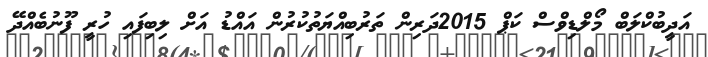
އަދީބުކްލަބް މޯލްޑިވްސް ކަޕް 2015ދަރިން ތަރުބިއްޔަތުކުރުން އައްޑު އަށް ލިބިފައި ހުރީ ފޫނުބެއްދޭ